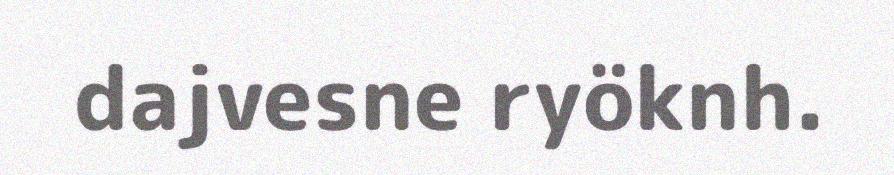
dajvesne ryöknh.